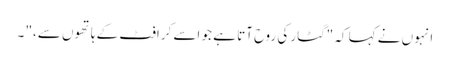
انہوں نے کہا کہ "گٹار کی روح آتا ہے جو اسے کرافٹ کے ہاتھوں سے،" ۔